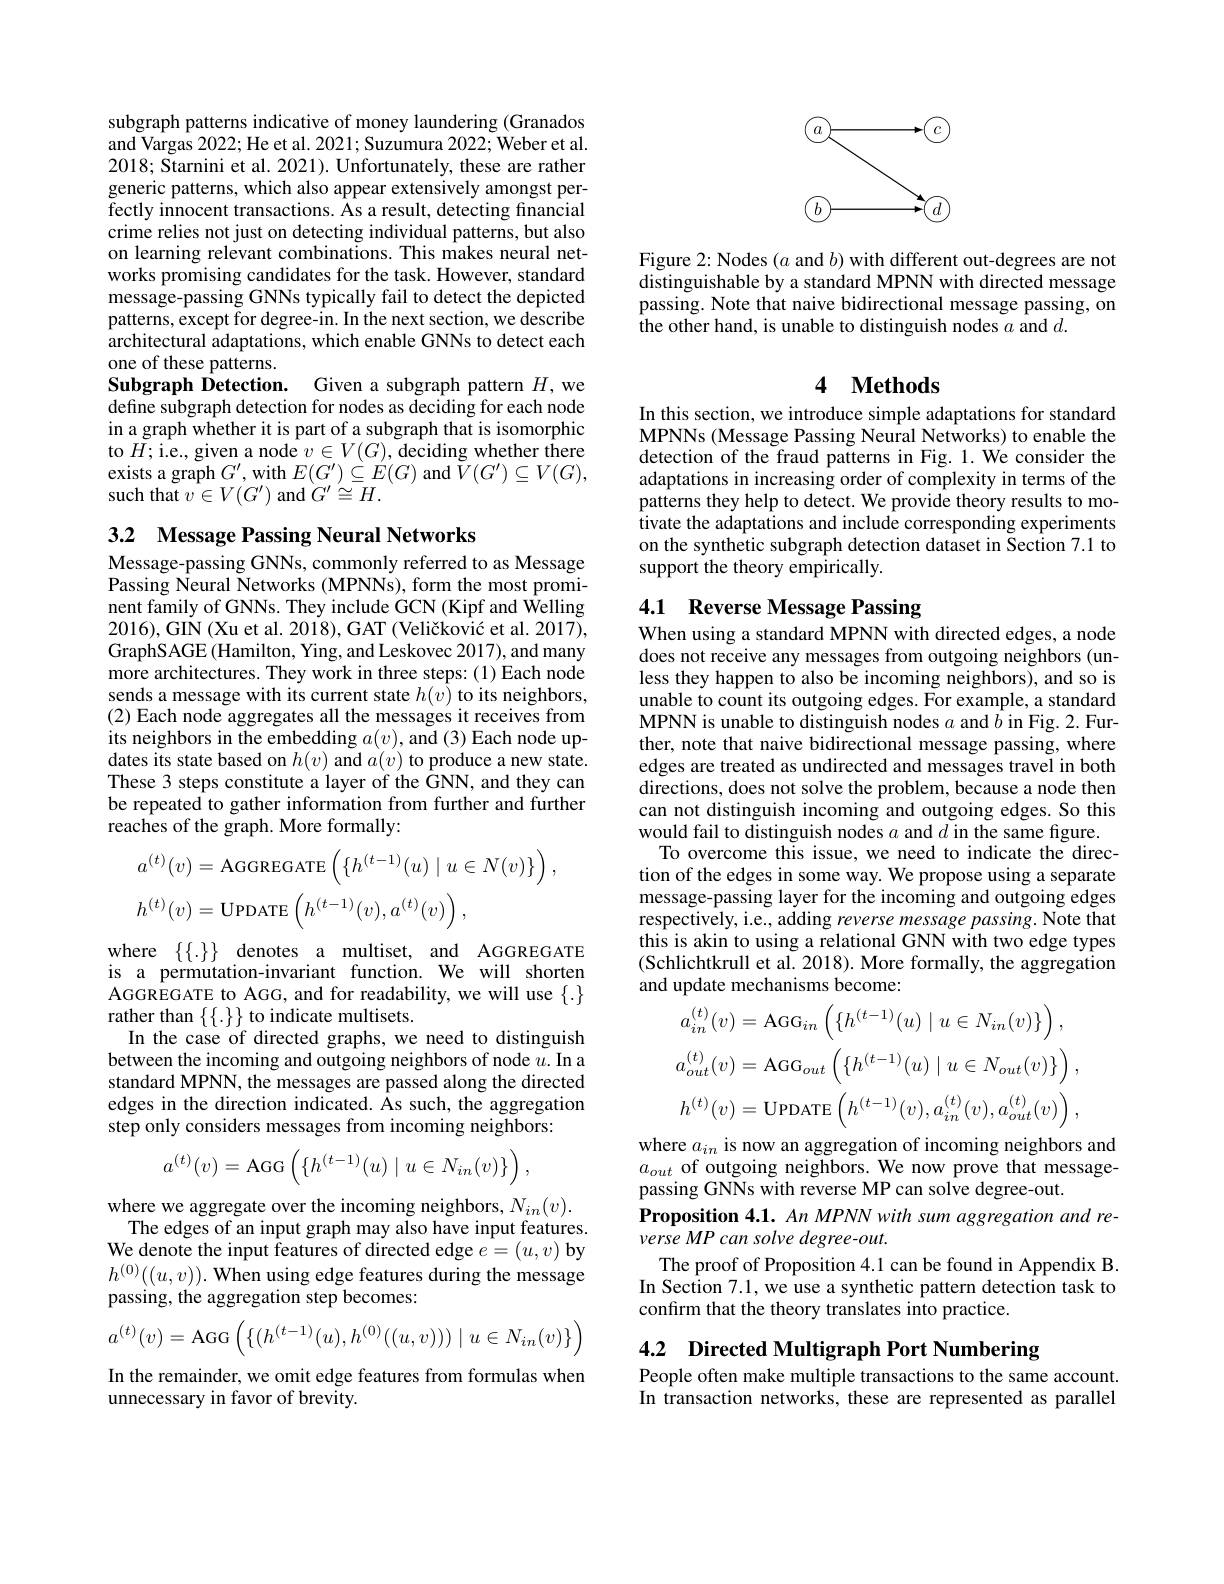
subgraph patterns indicative of money laundering (Granados and Vargas 2022; He et al. 2021; Suzumura 2022; Weber et al. 2018; Starnini et al. 2021). Unfortunately, these are rather generic patterns, which also appear extensively amongst perfectly innocent transactions. As a result, detecting financial crime relies not just on detecting individual patterns, but also on learning relevant combinations. This makes neural networks promising candidates for the task. However, standard message-passing GNNs typically fail to detect the depicted patterns, except for degree-in. In the next section, we describe architectural adaptations, which enable GNNs to detect each one of these patterns.
Subgraph Detection. Given a subgraph pattern $H$,we define subgraph detection for nodes as deciding for each node in a graph whether it is part of a subgraph that is isomorphic to $\tilde{H};$i.e., given a node $v\in V(G)$, deciding whether there exists a graph $G^{\prime}$,with $E(G^{\prime})\subseteq\stackrel{\rightharpoonup}E(G)$ and $\tilde{V}(G^{\prime})\subseteq V(G)$, ${\mathrm{such~that~}v\in V(G^{\prime})\mathrm{~and~}}G^{\prime}\cong H.$

3.2 Message Passing Neural Networks

Message-passing GNNs, commonly referred to as Message Passing Neural Networks (MPNNs), form the most prominent family of GNNs. They include GCN (Kipf and Welling 2016),GIN (Xu et al. 2018), GAT (Veličković et al. 2017), GraphSAGE (Hamilton, Ying, and Leskovec 2017), and many more architectures. They work in three steps:(1) Each node sends a message with its current state $h(\tilde{v})$ to its neighbors, (2) Each node aggregates all the messages it receives from its neighbors in the embedding $a(v)$, and (3) Each node updates its state based on $h(v)$ and $a(v)$ to produce a new state. These 3 steps constitute a layer of the GNN, and they can be repeated to gather information from further and further reaches of the graph. More formally:
$$\begin{aligned}&a^{(t)}(v)=\mathrm{AGGREGATE}\left(\{h^{(t-1)}(u)\mid u\in N(v)\}\right),\\&h^{(t)}(v)=\mathrm{UPDATE}\left(h^{(t-1)}(v),a^{(t)}(v)\right),\end{aligned}$$
is a permutation-invariant function. We will shorten $\hat{\mathrm{AGGREGATE~to~AGG,~and~for~readability,~we~will~use~\{.\}}}$

where $\{ \{ . \} \}$ denotes a multiset, and AGGREGATE
rather than $\{\{.\}\}$ to indicate multisets.
In the case of directed graphs, we need to distinguish between the incoming and outgoing neighbors of node $u.$ In a standard MPNN, the messages are passed along the directed edges in the direction indicated. As such, the aggregation step only considers messages from incoming neighbors:
$$a^{(t)}(v)=\text{AGG}\left(\{h^{(t-1)}(u)\mid u\in N_{in}(v)\}\right),$$
where we aggregate over the incoming neighbors, $N_{in}(v).$The edges of an input graph may also have input features. We denote the input features of directed edge $e=(u,v)$ by $h^{(0)}((u,v)).$ When using edge features during the message passing, the aggregation step becomes:
$$a^{(t)}(v)=\text{AGG}\left(\{(h^{(t-1)}(u),h^{(0)}((u,v)))\mid u\in N_{in}(v)\}\right)$$
In the remainder, we omit edge features from formulas when
unnecessary in favor of brevity.

<FigureHere>

Figure 2: Nodes $(a$ and $b)$ with different out-degrees are not distinguishable by a standard MPNN with directed message passing. Note that naive bidirectional message passing, on the other hand, is unable to distinguish nodes $a$ and $d.$

## 4 $\textbf{Methods}$

In this section, we introduce simple adaptations for standard MPNNs (Message Passing Neural Networks) to enable the detection of the fraud patterns in Fig. 1. We consider the adaptations in increasing order of complexity in terms of the patterns they help to detect. We provide theory results to mo- $\hat{\text{tivate the adaptations and include corresponding experiments}}$ on the synthetic subgraph detection dataset in Section 7.1 to support the theory empirically.

### 4.1 Reverse Message Passing

When using a standard MPNN with directed edges, a node does not receive any messages from outgoing neighbors (unless they happen to also be incoming neighbors), and so is unable to count its outgoing edges. For example, a standard MPNN is unable to distinguish nodes $a$ and $\bar{b}$ in Fig. 2. Further, note that naive bidirectional message passing, where edges are treated as undirected and messages travel in both directions, does not solve the problem, because a node then can not distinguish incoming and outgoing edges. So this would fail to distinguish nodes $a$ and $d$ in the same figure.
To overcome this issue, we need to indicate the direction of the edges in some way. We propose using a separate message-passing layer for the incoming and outgoing edges respectively, i.e., adding reverse message passing. Note that this is akin to using a relational GNN with two edge types (Schlichtkrull et al. 2018). More formally, the aggregation and update mechanisms become:
$$a_{in}^{(t)}(v)=\mathrm{AGG}_{in}\left(\{h^{(t-1)}(u)\mid u\in N_{in}(v)\}\right),\\a_{out}^{(t)}(v)=\mathrm{AGG}_{out}\left(\{h^{(t-1)}(u)\mid u\in N_{out}(v)\}\right),\\h^{(t)}(v)=\mathrm{UPDATE}\left(h^{(t-1)}(v),a_{in}^{(t)}(v),a_{out}^{(t)}(v)\right),$$
where $a_in$ is now an aggregation of incoming neighbors and $a_{out}$ of outgoing neighbors. We now prove that messagepassing GNNs with reverse MP can sol$\hat{\text{ve degree-out.}}$
Proposition 4.1. An MPNN with sum aggregation and re-
verse MP can solve degree-out.
The proof of Proposition 4.1 can be found in Appendix B. In Section 7.1, we use a synthetic pattern detection task to confirm that the theory translates into practice.

4.2 Directed Multigraph Port Numbering

People often make multiple transactions to the same account. In transaction networks, these are represented as parallel